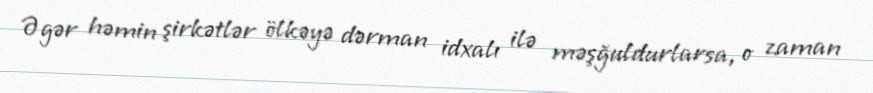
Əgər həmin şirkətlər ölkəyə dərman idxalı ilə məşğuldurlarsa, o zaman